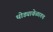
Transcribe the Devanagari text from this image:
थोड्यावेळातच